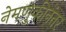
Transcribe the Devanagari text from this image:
नेमणुकीनंतर